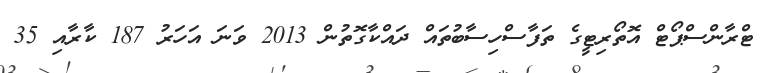
ޓްރާންސްޕޯޓް އޮތޯރިޓީގެ ތަފާސްހިސާބުތައް ދައްކާގޮތުން 2013 ވަނަ އަހަރު 187 ކާރާއި 35